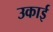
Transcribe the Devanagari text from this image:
उकाई